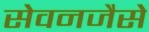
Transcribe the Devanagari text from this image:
सेवनजैसे